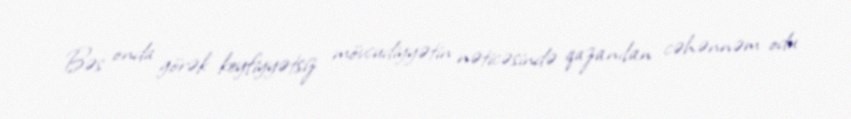
Bəs onda görək keyfiyyətsiz mövcudiyyətin nəticəsində qazanılan cəhənnəm odu